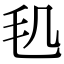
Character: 𣬠